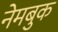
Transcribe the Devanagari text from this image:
नेमबुक